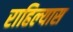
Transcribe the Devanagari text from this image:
राहिल्‍यास